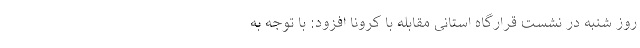
روز شنبه در نشست قرارگاه استانی مقابله با کرونا افزود: با توجه به